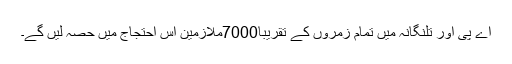
اے پی اور تلنگانہ میں تمام زمروں کے تقریبا7000ملازمین اس احتجاج میں حصہ لیں گے۔